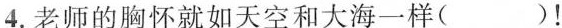
4.老师的胸怀就如天空和大海一样( )！